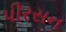
પીરસન